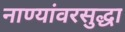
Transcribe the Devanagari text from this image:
नाण्यांवरसुद्धा